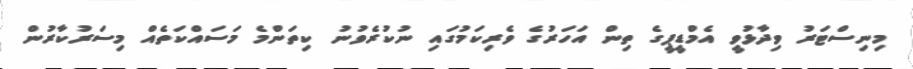
މިނިސްޓަރު ވިދާޅުވީ އެމްޑީޕީގެ ތިން އަހަރުގެ ވެރިކަމުގައި ނުކުރެވުނު ކިތަންމެ މަސައްކަތެއް މިސަރުކާރުން